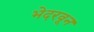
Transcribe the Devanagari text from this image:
भेदरवून